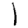
Digit: 1